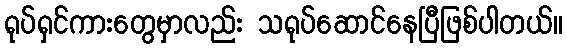
ရုပ်ရှင်ကားတွေမှာလည်း သရုပ်ဆောင်နေပြီဖြစ်ပါတယ်။